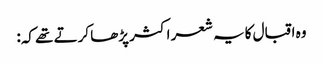
وہ اقبال کایہ شعر اکثر پڑھا کرتے تھے کہ: